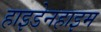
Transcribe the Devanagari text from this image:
हाइडेनहाइम